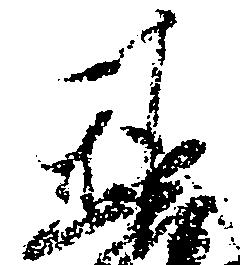
基